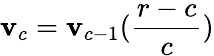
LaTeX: \mathbf{v}_{c}=\mathbf{v}_{c-1}(\frac{{r-c}}{{c}})